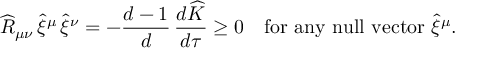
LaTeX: \widehat { R } _ { \mu \nu } \, \widehat { \xi } ^ { \mu } \, \widehat { \xi } ^ { \nu } = - \frac { d - 1 } { d } \, \frac { d \widehat { K } } { d \tau } \ge 0 ~ ~ ~ \mathrm { f o r ~ a n y ~ n u l l ~ v e c t o r } ~ \widehat { \xi } ^ { \mu } .